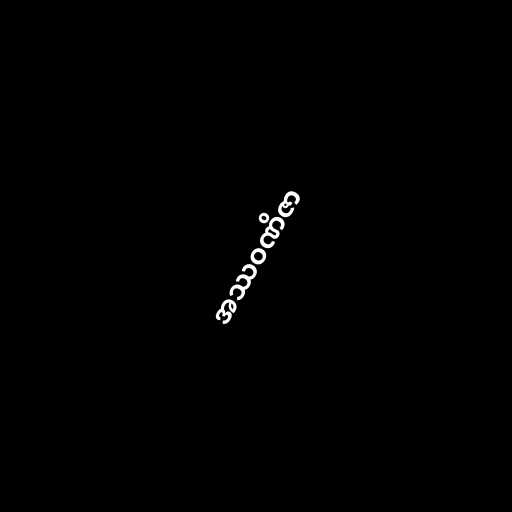
အဿဝဏိဇာ